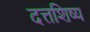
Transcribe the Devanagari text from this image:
दत्तशिष्य